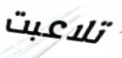
تلاعبت